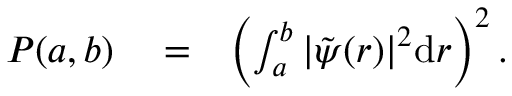
\begin{array} { r l r } { P ( a , b ) } & { { } = } & { \left( \int _ { a } ^ { b } | \tilde { \psi } ( r ) | ^ { 2 } { \textrm d } r \right) ^ { 2 } . } \end{array}